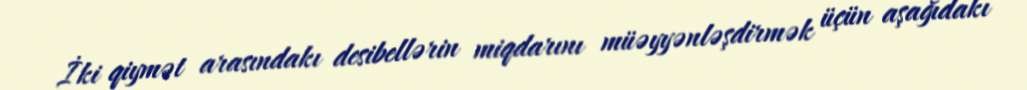
İki qiymət arasındakı desibellərin miqdarını müəyyənləşdirmək üçün aşağıdakı